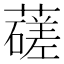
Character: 䕢